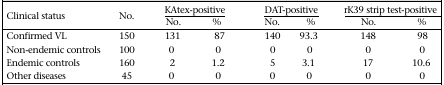
<table><thead><tr><td rowspan="2"><b>Clinical status</b></td><td rowspan="2"><b>No.</b></td><td colspan="2"><b>KAtex-positive</b></td><td colspan="2"><b>DAT-positive</b></td><td colspan="2"><b>rK39 strip test-positive</b></td></tr><tr><td><b>No.</b></td><td><b>%</b></td><td><b>No.</b></td><td><b>%</b></td><td><b>No.</b></td><td><b>%</b></td></tr></thead><tbody><tr><td>Confirmed VL</td><td>150</td><td>131</td><td>87</td><td>140</td><td>93.3</td><td>148</td><td>98</td></tr><tr><td>Non-endemic controls</td><td>100</td><td>0</td><td>0</td><td>0</td><td>0</td><td>0</td><td>0</td></tr><tr><td>Endemic controls</td><td>160</td><td>2</td><td>1.2</td><td>5</td><td>3.1</td><td>17</td><td>10.6</td></tr><tr><td>Other diseases</td><td>45</td><td>0</td><td>0</td><td>0</td><td>0</td><td>0</td><td>0</td></tr></tbody></table>